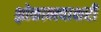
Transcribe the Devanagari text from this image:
श्लोकान्त्याक्षरी